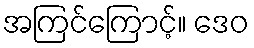
အကြင်ကြောင့်။ ဒေဝ